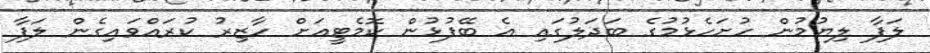
ލަފާ ލިޔުމުން ހުށަހެޅުމުގެ ބަދަލުގައި އެ ބޭފުޅުން ކޮމެޓީއަށް ހާޒިރު ކުރައްވައިގެން ލަފާ